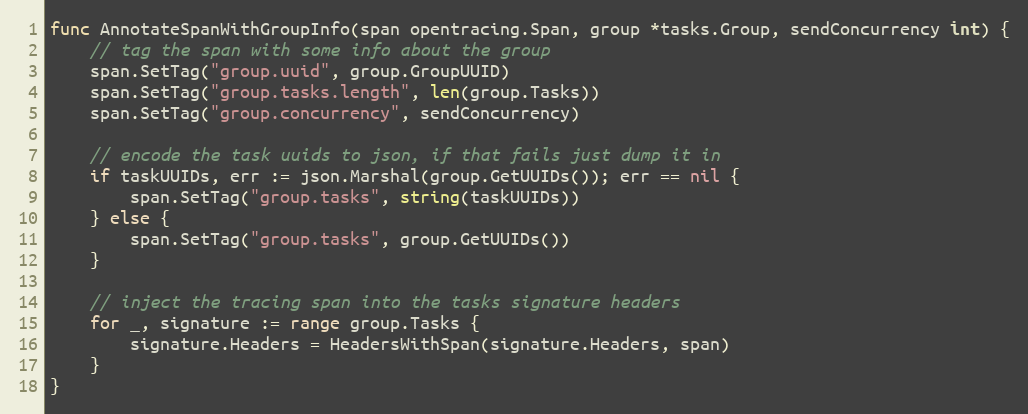
Language: Go
func AnnotateSpanWithGroupInfo(span opentracing.Span, group *tasks.Group, sendConcurrency int) {
	// tag the span with some info about the group
	span.SetTag("group.uuid", group.GroupUUID)
	span.SetTag("group.tasks.length", len(group.Tasks))
	span.SetTag("group.concurrency", sendConcurrency)

	// encode the task uuids to json, if that fails just dump it in
	if taskUUIDs, err := json.Marshal(group.GetUUIDs()); err == nil {
		span.SetTag("group.tasks", string(taskUUIDs))
	} else {
		span.SetTag("group.tasks", group.GetUUIDs())
	}

	// inject the tracing span into the tasks signature headers
	for _, signature := range group.Tasks {
		signature.Headers = HeadersWithSpan(signature.Headers, span)
	}
}